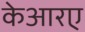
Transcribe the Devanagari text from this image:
केआरए